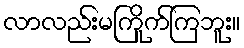
လာလည်းမကြိုက်ကြဘူး။